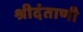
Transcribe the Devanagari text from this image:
श्रीदंताणी